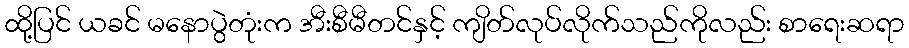
ထို့ပြင် ယခင် မနောပွဲတုံးက အီးစီမီတင်နှင့် ကျိတ်လုပ်လိုက်သည်ကိုလည်း စာရေးဆရာ